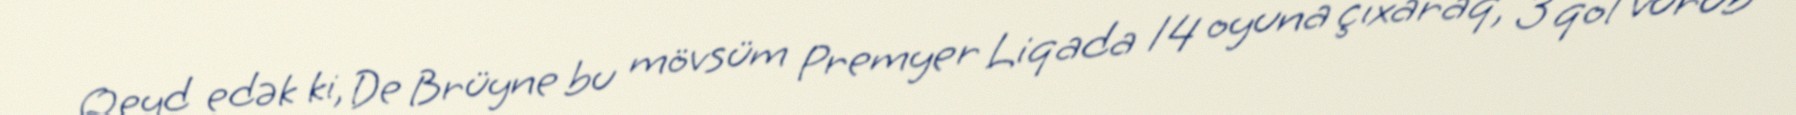
Qeyd edək ki, De Brüyne bu mövsüm Premyer Liqada 14 oyuna çıxaraq, 3 qol vurub